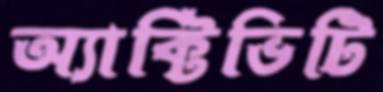
অ্যাক্টিভিটি